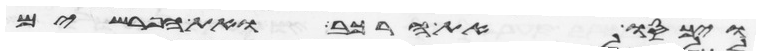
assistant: ויכסו את הרכב ואת הפרשים